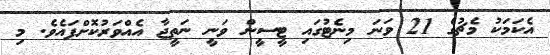
އެކަމަކު މެޗުގެ 21 ވަނަ މިނެޓުގައި ޓީސީން ވަނީ ނަތީޖާ އެއްވަރުކޮށްފައެވެ. މި